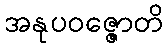
အနုပဝဇ္ဇောတိ